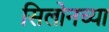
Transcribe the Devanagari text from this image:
सिलोनच्या